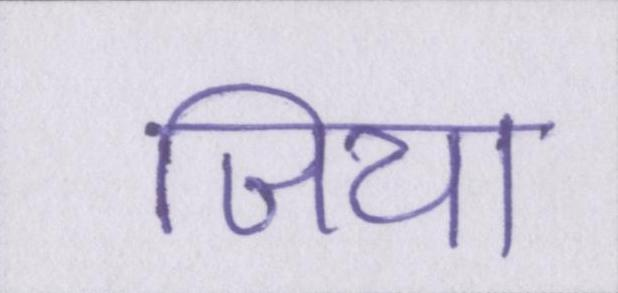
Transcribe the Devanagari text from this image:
जिया